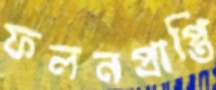
ফলনপ্রাপ্তি